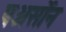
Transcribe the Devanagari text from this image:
पअर्सोन